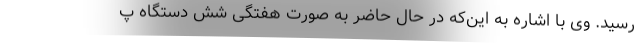
رسید. وی با اشاره به این‌که در حال حاضر به صورت هفتگی شش دستگاه پ